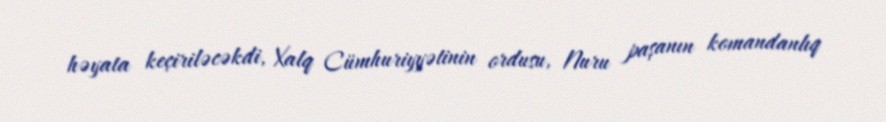
həyata keçiriləcəkdi, Xalq Cümhuriyyətinin ordusu, Nuru paşanın komandanlıq